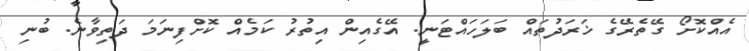
އެއްކޮށޯ ގޭތެރޭގެ ޚަރަދުތައް ބަލަހައްޓަނީ. އޭގެއިން އިތުރު ކަމެއް ކޮށްފިނަމަ ދަތިވާނެ. ބުނި